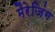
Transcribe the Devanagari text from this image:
मैरेजिंग